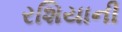
રશિયાની